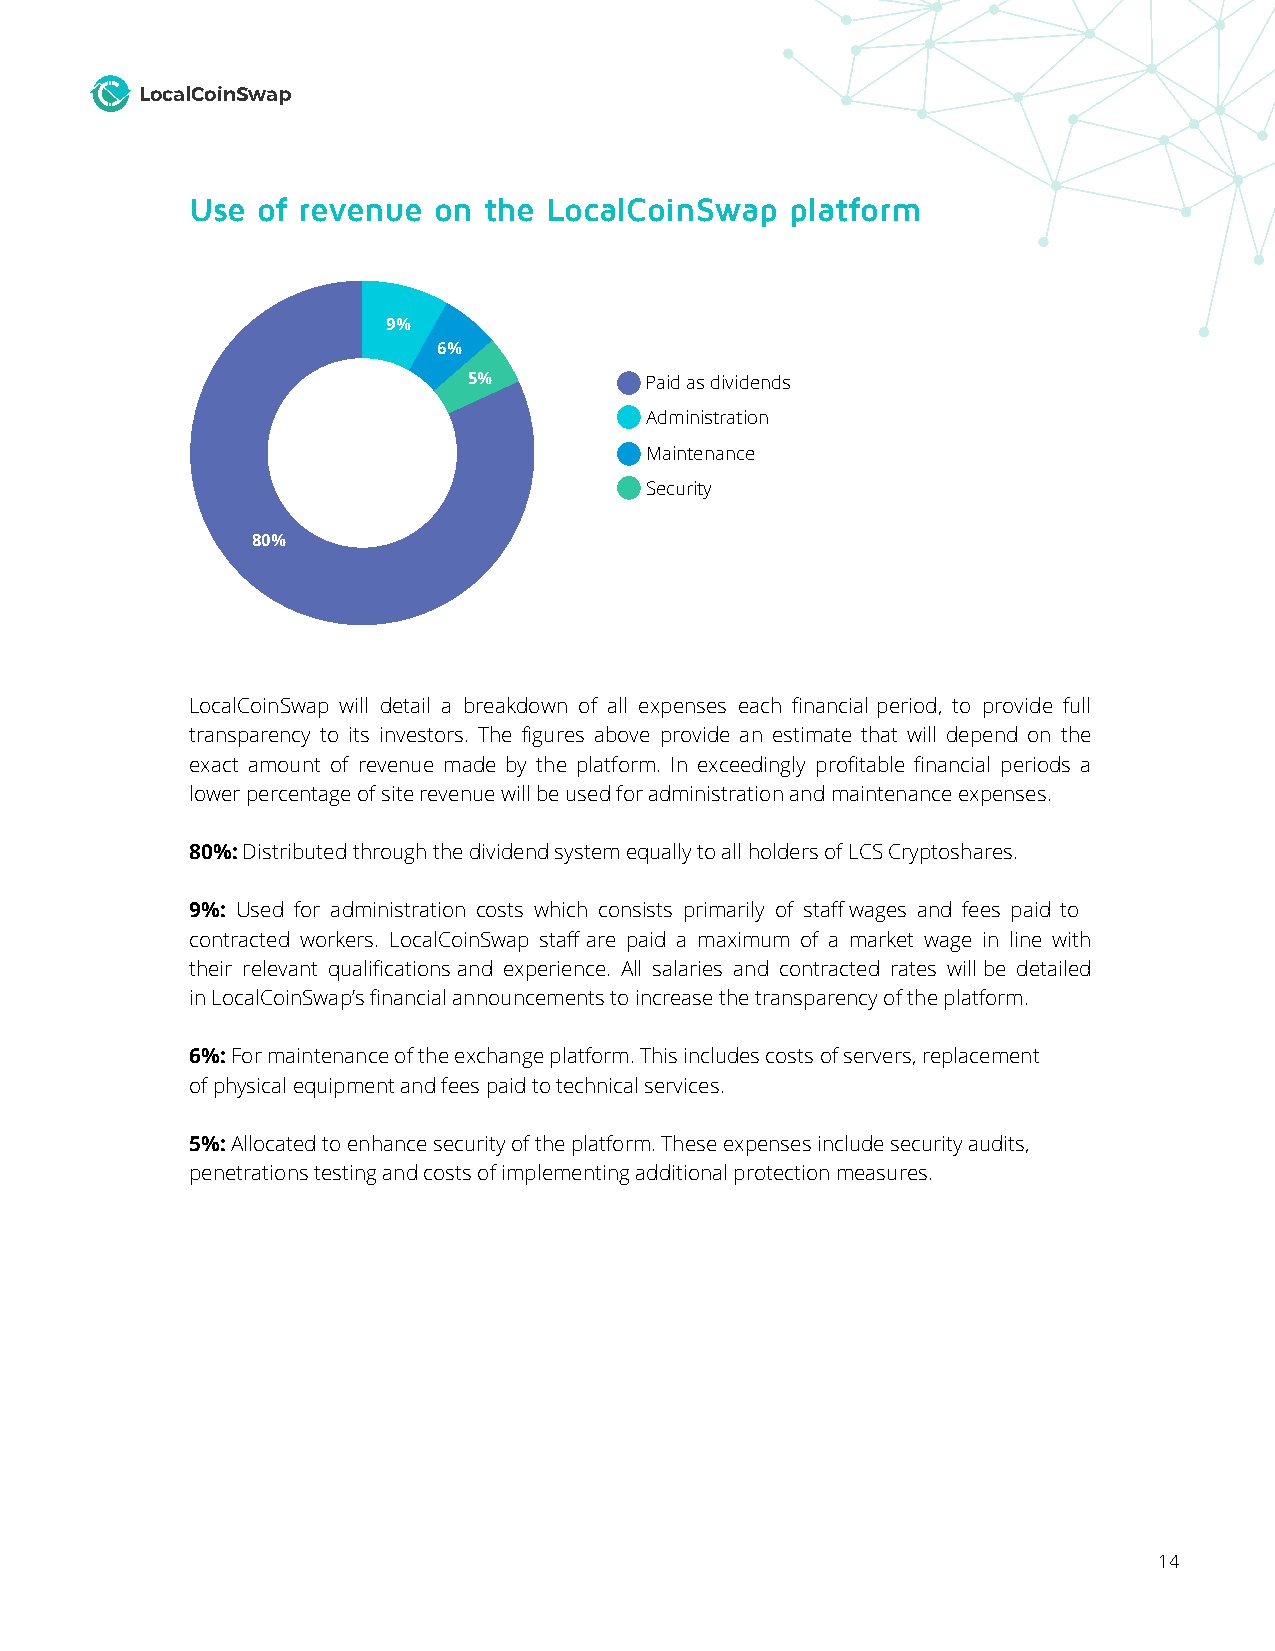
LocalCoinSwap
 Use of revenue  on the LocalCoinSwap   platform
 9%
 6%
 5%          Paid as dividends
 Administration
 Maintenance
 Security
 80%
 LocalCoinSwap will detail a breakdown of all expenses each financial period, to provide full
 transparency to its investors. The figures above provide an estimate that will depend on the
 exact amount of revenue made by the platform. In exceedingly profitable financial periods a
 lower percentage of site revenue will be used for administration and maintenance expenses.
 80%: Distributed through the dividend system equally to all holders of LCS Cryptoshares.
 9%: Used for administration costs which consists primarily of staff wages and fees paid to
 contracted workers. LocalCoinSwap staff are paid a maximum of a market wage in line with
 their relevant qualifications and experience. All salaries and contracted rates will be detailed
 in LocalCoinSwap’s financial announcements to increase the transparency of the platform.
 6%: For maintenance of the exchange platform. This includes costs of servers, replacement
 of physical equipment and fees paid to technical services.
 5%: Allocated to enhance security of the platform. These expenses include security audits,
 penetrations testing and costs of implementing additional protection measures.
 14